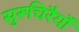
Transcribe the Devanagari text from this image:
सुरूचिरैर्यो